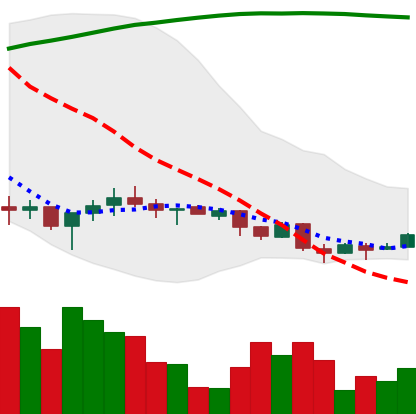
Ticker: XMR-USD
Chart end date: 2018-04-03
Forward return: -8.212%
Label: down_7plus